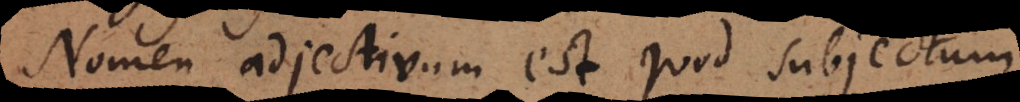
Nomen adjectivum est quod subjectum